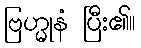
ဗြဟ္မုနံ ပြီး၏။